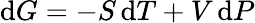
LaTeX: \mathrm{d}G=-S\, \mathrm{d}T+V\, \mathrm{d}P